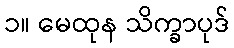
၁။ မေထုန သိက္ခာပုဒ်